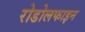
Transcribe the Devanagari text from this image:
रोडोलफाइन